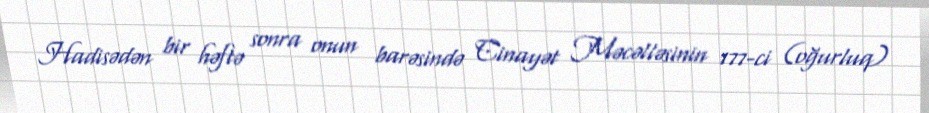
Hadisədən bir həftə sonra onun barəsində Cinayət Məcəlləsinin 177-ci (oğurluq)